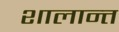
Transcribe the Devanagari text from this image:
शालान्‍त